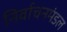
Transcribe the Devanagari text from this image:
निर्वाचनमंडल